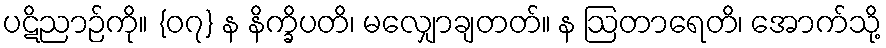
ပဋိညာဉ်ကို။ {၀၇} န နိက္ခိပတိ၊ မလျှောချတတ်။ န ဩတာရေတိ၊ အောက်သို့